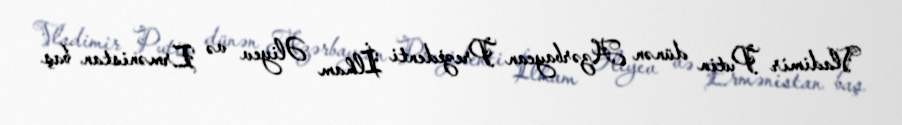
Vladimir Putin dünən Azərbaycan Prezidenti İlham Əliyev və Ermənistan baş